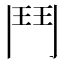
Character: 鬥